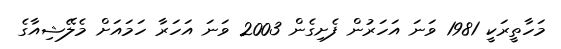
މަހާތީރަކީ 1981 ވަނަ އަހަރުން ފެށިގެން 2003 ވަނަ އަހަރާ ހަމައަށް މެލޭޝިއާގެ